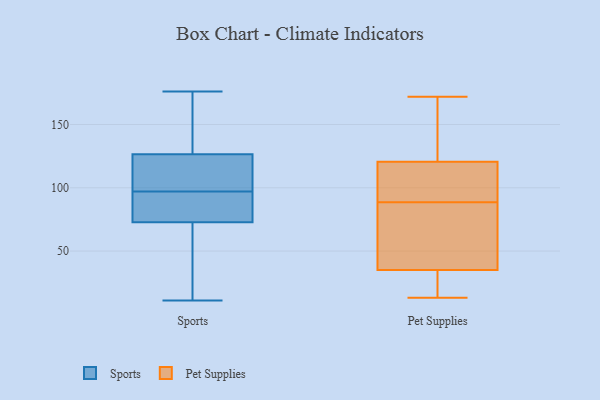
{"axis": {"x": "Temperature (°C)", "y": "Value"}, "legend": ["Pet Supplies", "Sports"], "data": [{"x": "", "y": 95, "type": "Sports"}, {"x": "", "y": 117, "type": "Sports"}, {"x": "", "y": 129, "type": "Sports"}, {"x": "", "y": 125, "type": "Sports"}, {"x": "", "y": 11, "type": "Sports"}, {"x": "", "y": 70, "type": "Sports"}, {"x": "", "y": 176, "type": "Sports"}, {"x": "", "y": 21, "type": "Sports"}, {"x": "", "y": 81, "type": "Sports"}, {"x": "", "y": 97, "type": "Sports"}, {"x": "", "y": 127, "type": "Sports"}, {"x": "", "y": 90, "type": "Pet Supplies"}, {"x": "", "y": 50, "type": "Pet Supplies"}, {"x": "", "y": 28, "type": "Pet Supplies"}, {"x": "", "y": 172, "type": "Pet Supplies"}, {"x": "", "y": 13, "type": "Pet Supplies"}, {"x": "", "y": 112, "type": "Pet Supplies"}, {"x": "", "y": 32, "type": "Pet Supplies"}, {"x": "", "y": 87, "type": "Pet Supplies"}, {"x": "", "y": 17, "type": "Pet Supplies"}, {"x": "", "y": 35, "type": "Pet Supplies"}, {"x": "", "y": 154, "type": "Pet Supplies"}, {"x": "", "y": 91, "type": "Pet Supplies"}, {"x": "", "y": 124, "type": "Pet Supplies"}, {"x": "", "y": 69, "type": "Pet Supplies"}, {"x": "", "y": 117, "type": "Pet Supplies"}, {"x": "", "y": 35, "type": "Pet Supplies"}, {"x": "", "y": 170, "type": "Pet Supplies"}, {"x": "", "y": 152, "type": "Pet Supplies"}, {"x": "", "y": 112, "type": "Pet Supplies"}, {"x": "", "y": 64, "type": "Pet Supplies"}]}